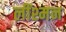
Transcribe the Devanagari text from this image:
लींश्मन